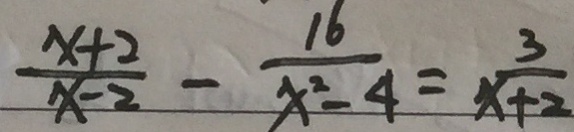
\frac { x + 2 } { x - 2 } - \frac { 1 6 } { x ^ { 2 } - 4 } = \frac { 3 } { x + 2 }